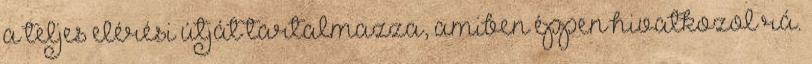
a teljes elérési útját tartalmazza, amiben éppen hivatkozol rá.